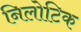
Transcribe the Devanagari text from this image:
निलोटिक